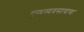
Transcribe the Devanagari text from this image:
दुग्धव्यवसायाचा